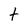
Character: t